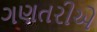
ગણતરીએ